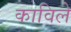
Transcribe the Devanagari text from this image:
काविले